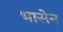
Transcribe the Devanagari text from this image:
भासेन